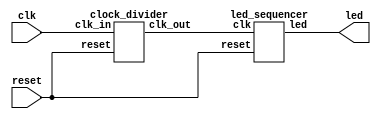
`timescale 1ns / 1ps
//////////////////////////////////////////////////////////////////////////////////
// Company: 
// Engineer: 
// 
// Design Name: 
// Module Name: Counter
// Project Name: 
// Target Devices: 
// Tool Versions: 
// Description: 
// 
// Dependencies: 
// 
// Revision:
// Revision 0.01 - File Created
// Additional Comments:
// 
//////////////////////////////////////////////////////////////////////////////////


//module top_module (
//    input wire clk,              // Clock input
//    input wire reset,            // Reset input
//    output wire [3:0] led        // LED outputs
//);

//    // Instantiate the led_counter module
//    led_counter counter (
//        .clk(clk),
//        .reset(reset),
//        .led(led)
//    );

//endmodule

//module led_counter(
//    input wire clk,              // Clock input
//    input wire reset,            // Reset input
//    output reg [3:0] led         // LED outputs
//);

//    // 4-bit counter
//    reg [3:0] counter = 4'b0000;

//    always @(posedge clk or posedge reset) begin
//        if (reset) begin
//            counter <= 4'b0000;   // Reset counter to 0
//        end else begin
//            counter <= counter + 1; // Increment counter
//        end
//    end

//    // Assign counter value to LED outputs
//    always @(posedge clk) begin
//        led <= counter;
//    end

//endmodule

module top_module (
    input wire clk,             // Main clock input
    input wire reset,           // Reset input
    output wire [3:0] led       // LED outputs
);

    wire slow_clk;

    // Instantiate the clock divider
    clock_divider clk_div (
        .clk_in(clk),
        .reset(reset),
        .clk_out(slow_clk)
    );

    // Instantiate the LED sequencer
    led_sequencer led_seq (
        .clk(slow_clk),
        .reset(reset),
        .led(led)
    );

endmodule

module clock_divider(
    input wire clk_in,          // Input clock (e.g., 100 MHz)
    input wire reset,           // Reset signal
    output reg clk_out          // Divided clock output
);

    // Assuming the input clock is 100 MHz and we need a 0.5 Hz clock (2-second period)
    localparam DIVISOR = 50_000_000; // 100 MHz / 0.5 Hz = 200_000_000 / 2 = 100_000_000

    reg [31:0] counter;

    always @(posedge clk_in or posedge reset) begin
        if (reset) begin
            counter <= 0;
            clk_out <= 0;
        end else if (counter == (DIVISOR - 1)) begin
            counter <= 0;
            clk_out <= ~clk_out; // Toggle the output clock
        end else begin
            counter <= counter + 1;
            clk_out <= clk_out;
        end
    end

endmodule

module led_sequencer(
    input wire clk,             // Slow clock input
    input wire reset,           // Reset input
    output reg [3:0] led        // LED outputs
);

    // State machine to control which LED is on
    reg [1:0] state;

    always @(posedge clk or posedge reset) begin
        if (reset) begin
            state <= 0;
            led <= 4'b0001;
        end else begin
            case (state)
                2'd0: begin
                    led <= 4'b0001; // LED0
                    state <= 2'd1;
                end
                2'd1: begin
                    led <= 4'b0010; // LED1
                    state <= 2'd2;
                end
                2'd2: begin
                    led <= 4'b0100; // LED2
                    state <= 2'd3;
                end
                2'd3: begin
                    led <= 4'b1000; // LED3
                    state <= 2'd0;
                end
                default: begin
                    led <= 4'b0001;
                    state <= 2'd0;
                end
            endcase
        end
    end

endmodule